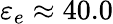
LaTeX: \varepsilon_{e}\approx 40.0